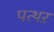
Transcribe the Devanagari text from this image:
पत्थऱ